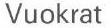
Vuokrat